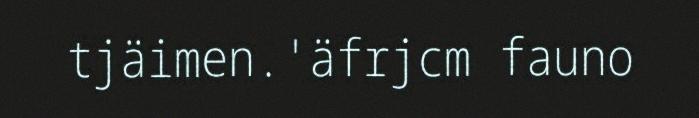
tjäimen.'äfrjcm fauno